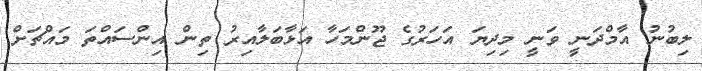
ލިބުނު އާމްދަނީ ވަނީ މިދިޔަ އަހަރުގެ ޖޫންމަހާ އަޅާބަލާއިރު ތިން އިންސައްތަ މައްޗަށް